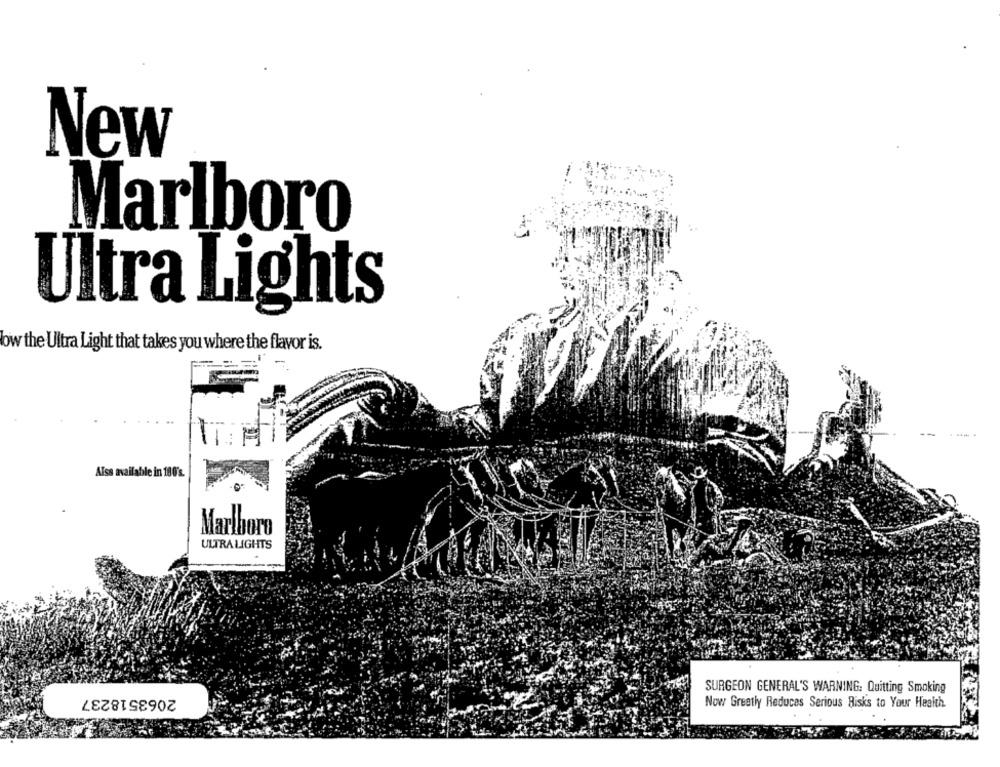
New
Marlboro
Ultra Lights
bw the Ultra Light that takes you where the flavor is.
--
Alss available in 180's.
Marlboro
ULTRALIGHTS
SURGEON GENERAL'S WARNING: Quitting Smoking
2063518237
Now Greatly Reduces Serious Risks to Your Health.